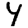
Digit: 4